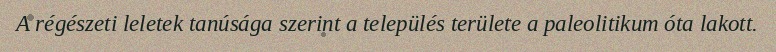
A régészeti leletek tanúsága szerint a település területe a paleolitikum óta lakott.